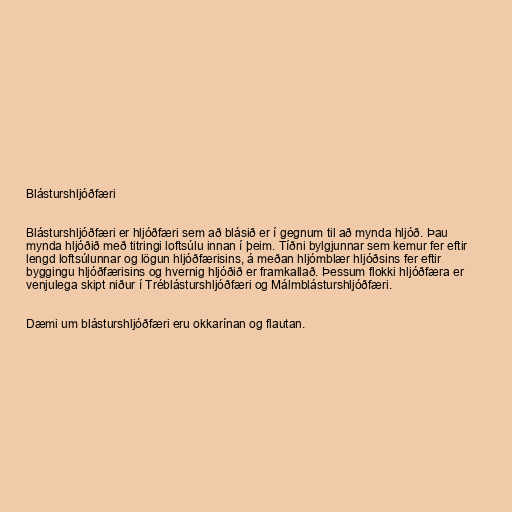
Blásturshljóðfæri

Blásturshljóðfæri er hljóðfæri sem að blásið er í gegnum til að mynda hljóð. Þau
mynda hljóðið með titringi loftsúlu innan í þeim. Tíðni bylgjunnar sem kemur fer eftir
lengd loftsúlunnar og lögun hljóðfærisins, á meðan hljómblær hljóðsins fer eftir
byggingu hljóðfærisins og hvernig hljóðið er framkallað. Þessum flokki hljóðfæra er
venjulega skipt niður í Tréblásturshljóðfæri og Málmblásturshljóðfæri.

Dæmi um blásturshljóðfæri eru okkarínan og flautan.